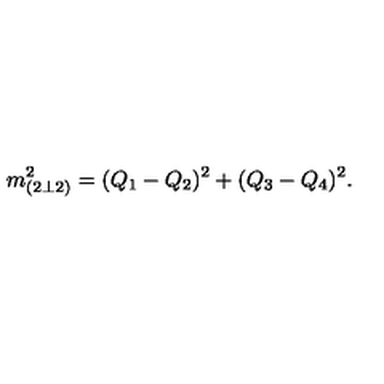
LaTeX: m _ { ( 2 \bot 2 ) } ^ { 2 } = ( Q _ { 1 } - Q _ { 2 } ) ^ { 2 } + ( Q _ { 3 } - Q _ { 4 } ) ^ { 2 } .